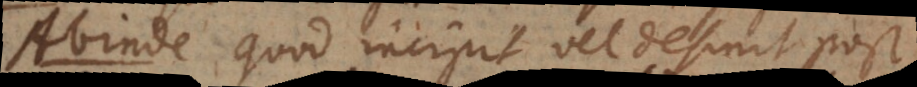
Abinde quod incipit vel desinit post